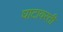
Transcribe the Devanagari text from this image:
घाटावरती